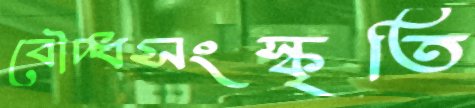
বৌদ্ধসংস্কৃতি